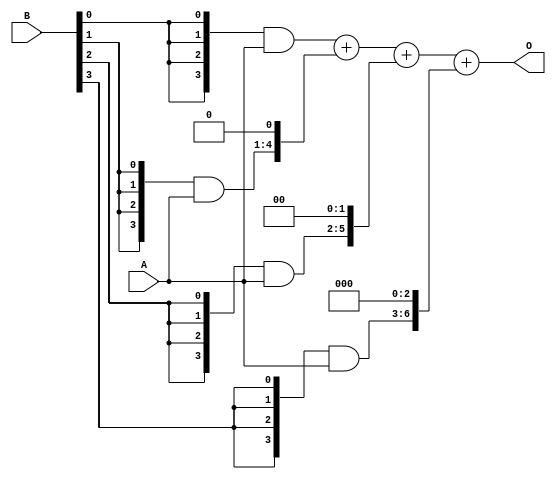
// Multiplier Dataflow
module multiplier_4bit(A,B,O);
  input [3:0]A,B;
  output [7:0]O;
  
  wire [3:0] m0;
  wire [4:0] m1;
  wire [5:0] m2;
  wire [6:0] m3;
  wire [7:0] s1,s2,s3;
  
  assign m0={4{B[0]}} & A[3:0];
  assign m1={4{B[1]}} & A[3:0];
  assign m2={4{B[2]}} & A[3:0];
  assign m3={4{B[3]}} & A[3:0];
  
  assign s1=m0+(m1<<1);
  assign s2=s1+(m2<<2);
  assign s3=s2+(m3<<3);
  assign O=s3;
endmodule

//  testbench 
module multiplier_4bit_tb;
  reg [3:0]A,B;
  wire [7:0]O;
  
  multiplier_4bit dut(A,B,O);
  
  initial begin
    #5 A=4'b1110;
    #5 B=4'b1101;
    #10
    #5 A=4'b1110;
    #5 B=4'b1111;
  end
  
  initial begin
    $monitor("time=%t,A=%d,B=%d,O=%d",$time,A,B,O);
    #80 $finish;
  end
  
  initial begin
    $dumpfile("multiplier.vcd");
    $dumpvars(0,multiplier_4bit_tb);
  end
endmodule